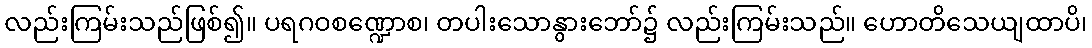
လည်းကြမ်းသည်ဖြစ်၍။ ပရဂဝစဏ္ဍောစ၊ တပါးသောနွားဘော်၌ လည်းကြမ်းသည်။ ဟောတိသေယျထာပိ၊